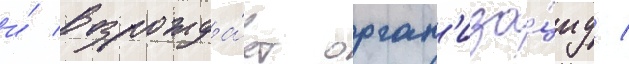
и́ возрожда́ет орган'иза́циу /